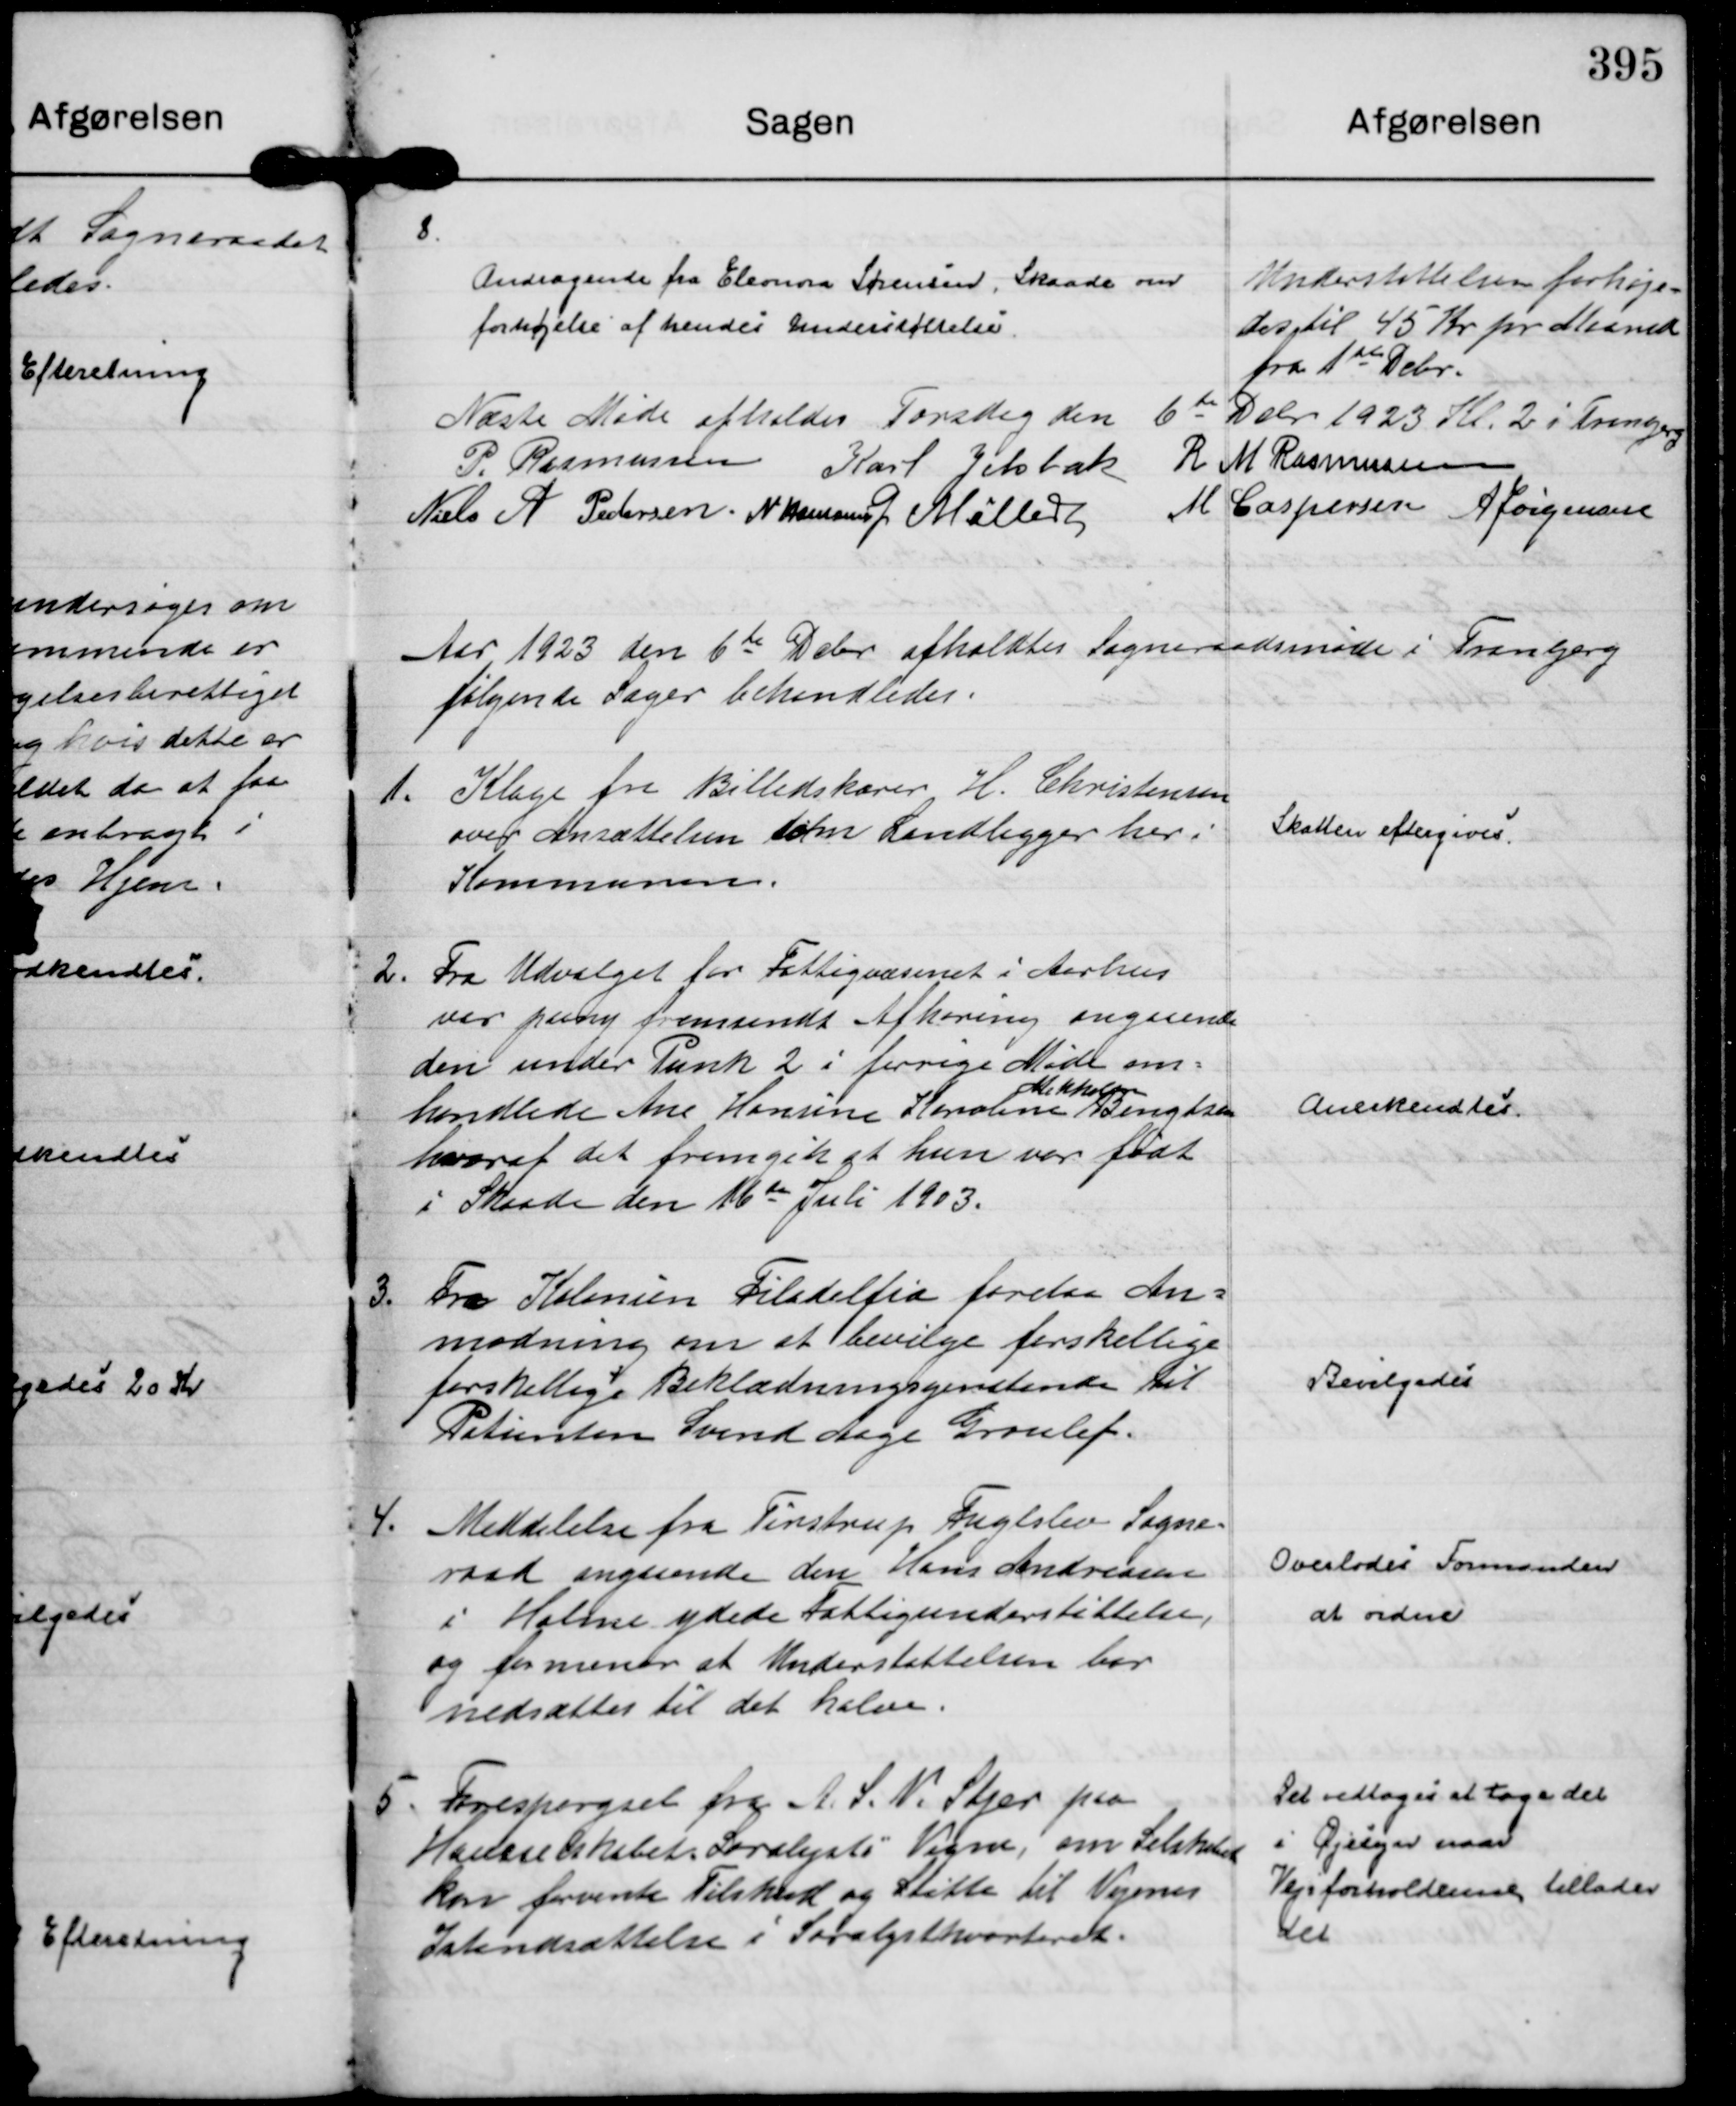
Transskription:
8.
Andragende fra Eleonora Sørensen, Skaade om
forhøjelse af hendes Understøttelse.

Understøttelsen forhøje=
des til 45 Kr pr Maaned
fra 1 ste Debr.

Næste Møde afholdes Torsdag den 6 te Dcbr 1923 Kl. 2 i Tranbjerg
P. Rasmussen
Karl Jelsbak
R M Rasmussen
Niels A Pedersen.
N Hamann
G Møller
M Caspersen
A Jørgensen

Aar 1923 den 6 te Dcbr afholdtes Sogneraadsmøde i Tranbjerg
følgende Sager behandledes.

1.
Klage fra Billedskærer H. Christensen
over Ansættelsen som Landligger her i
Kommunen.

Skatten eftergives

2.
Fra Udvalget for Fattigvæsenet i Aarhus
var paany fremsendt Afhøring angaaende
den under Punk 2 i forrige Møde om=
handlede Ane Hansine Karoline
Mikkeline
Bengtsen
hvoraf det fremgik at hun var født
i Skaade den 16 de Juli 1903.

Anerkendtes.

3.
Fra Kolonien Filadelfia forelaa An=
modning om at bevilge forskellige
forskellige Beklædningsgenstande til 
Patienten Svend Aage Groulef.

Bevilgedes

4.
Meddelelse fra Tirstrup Fuglslev Sogne= 
raad angaaende den Hans Andreasen
i Holme ydede Fattigunderstøttelse,
og formener at Understøttelsen bør
nedsættes til det halve.

Overlodes Formanden
at ordne

5.
Forespørgsel fra A. S. N. Stjer paa
Haveselskabet Saralysts " Vegne, om Selskabet
kan forvente Tilskud og Støtte til Vejenes
Istandsættelse i Saralystkvarteret.

Det vedtoges at tage det
i Øjesyn naar
Vejrforholdenne tillader
det